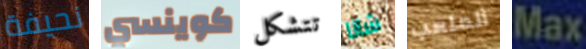
نحيفة كوينسي تتشكل شانا الملعب Max